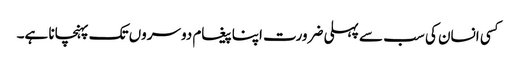
کسی انسان کی سب سے پہلی ضرورت اپنا پیغام دوسروں تک پہنچانا ہے۔